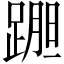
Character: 𲃷